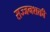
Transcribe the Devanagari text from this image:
सज्जनशक्ती